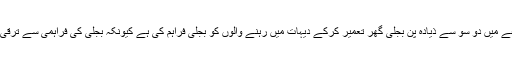
انہوںنے کہاکہ اے کے آر ایس پی نے اب تک اس ضلعے میں دو سو سے ذیادہ پن بجلی گھر تعمیر کرکے دیہات میں رہنے والوں کو بجلی فراہم کی ہے کیونکہ بجلی کی فراہمی سے ترقی کے دوسرے شعبوں پر اس کا براہ راست اثر پڑتا ہے ۔